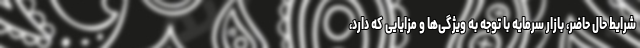
شرایط حال حاضر، بازار سرمایه با توجه به ویژگی‌ها و مزایایی که دارد،